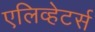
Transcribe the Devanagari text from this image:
एलिव्हेटर्स